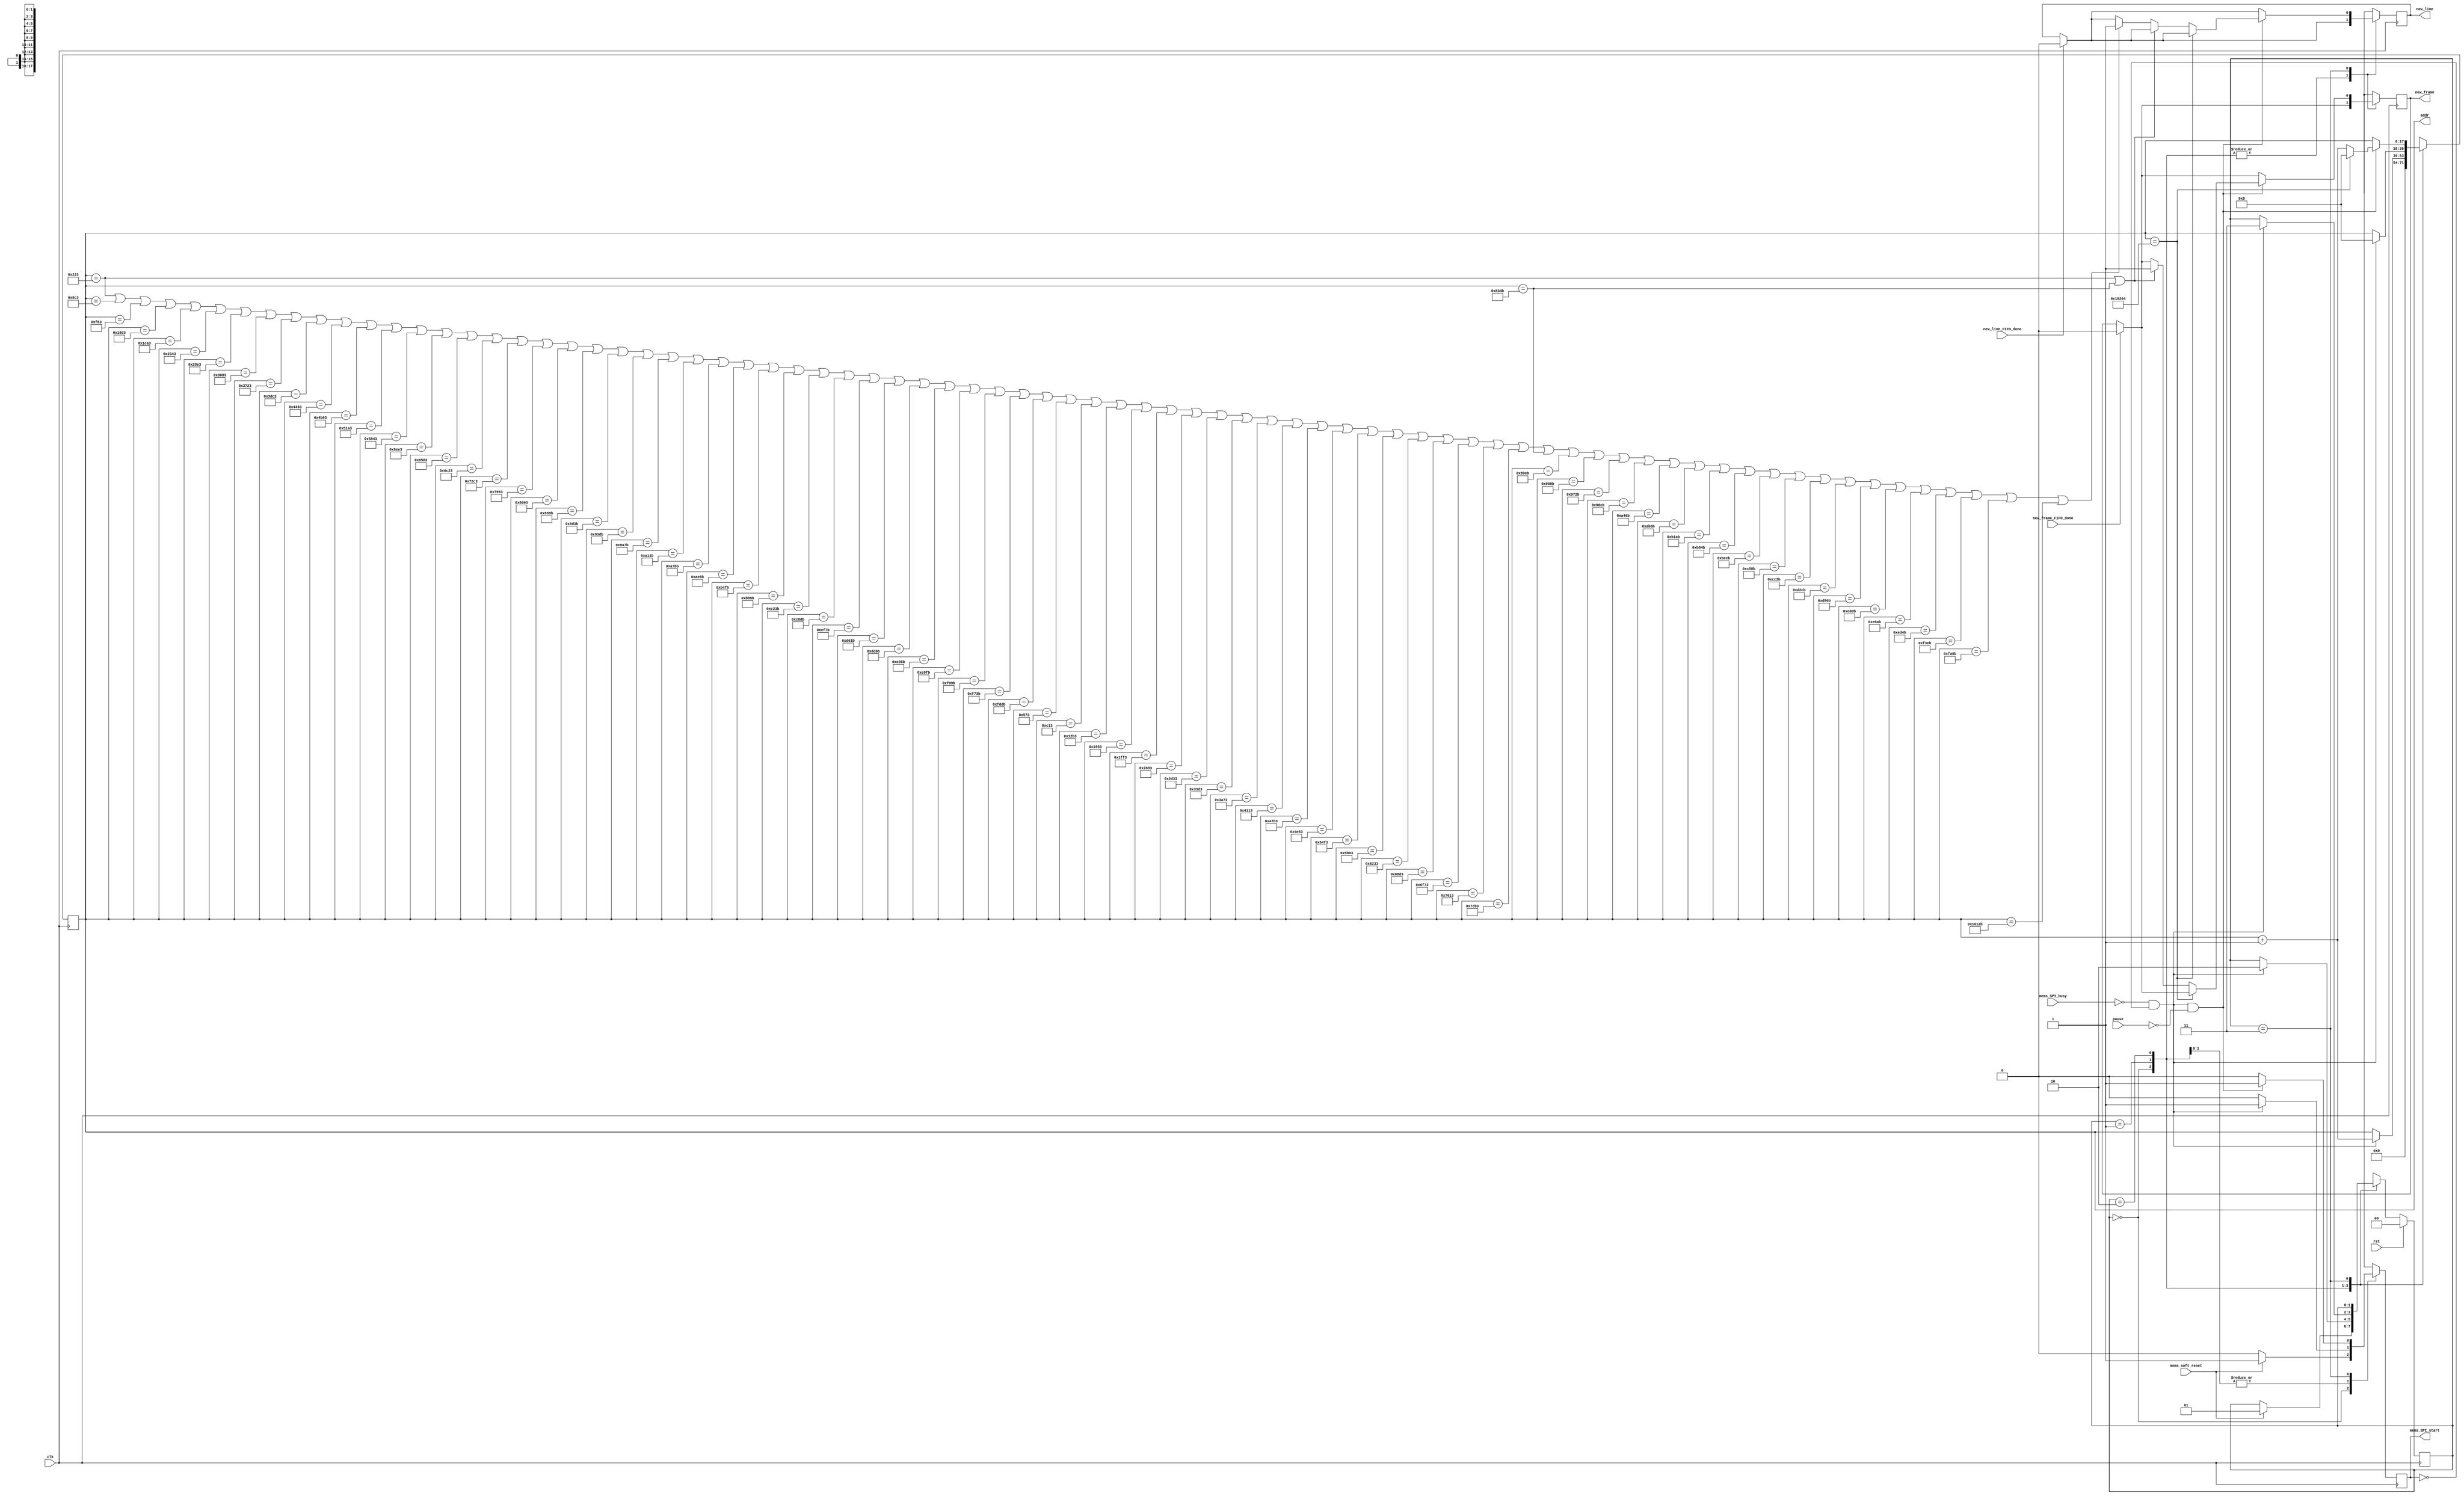
module mems_control_8 (
    // INPUT
    input clk,
    input rst,
    input pause,
    input mems_SPI_busy,
    input mems_soft_reset,
    input new_line_FIFO_done,
    input new_frame_FIFO_done,

    // OUTPUT
    output mems_SPI_start,
    output new_line,
    output new_frame,
    output [17:0] addr
  );
  
  reg new_line_d, new_line_q;//=1'b0;
  reg new_frame_d, new_frame_q;//=1'b0;
  
  assign mems_SPI_start=mems_SPI_start_q;

  assign new_line = new_line_q;
  assign new_frame = new_frame_q;

  assign addr = addr_q;
  
  localparam STATE_SIZE = 2;
  localparam IDLE = 2'd0,
    SOFTWARE_RESET = 2'd1,
    VREF_SETUP = 2'd2,
    SET_CHANNEL = 2'd3;
 
  reg [STATE_SIZE-1:0] state_d, state_q;
  reg [17:0] addr_d, addr_q;
  reg mems_SPI_start_d, mems_SPI_start_q; 
  reg play_d, play_q;
  wire rom_scan_is_done;



  always @(*) begin

    if (new_line_FIFO_done==1'b1) begin
      new_line_d=1'b0; // latch here is not fine (if at the same time 2 modules -> problem)
    end else begin
      new_line_d = new_line_q;
    end

    if (new_frame_FIFO_done==1'b1) begin
      new_frame_d=1'b0; // latch here is not fine
    end else begin
      new_frame_d = new_frame_q;
    end

    state_d = state_q; // default values
    addr_d = addr_q;   // needed to prevent latches
    play_d = play_q;

    case (state_q)
      IDLE: begin
        addr_d = 4'b0;
        mems_SPI_start_d=1'b0;
        if (mems_soft_reset==1'b1) begin
          state_d = SOFTWARE_RESET;
          mems_SPI_start_d=1'b1;
        end
      end // IDLE
      SOFTWARE_RESET: begin
        mems_SPI_start_d=1'b0;
        if (!mems_SPI_busy && mems_SPI_start_q == 1'b0) begin 
          addr_d=addr_q+1'b1;
          state_d = VREF_SETUP;
          mems_SPI_start_d = 1'b1;
        end
      end // SOFTWARE_RESET
      VREF_SETUP: begin // we hav problem with DAC, change its ref voltage from external to internal and vice versa -> have to send command for external one all time.
        mems_SPI_start_d=1'b0;
        if (!mems_SPI_busy && mems_SPI_start_q == 1'b0) begin 
          addr_d = 17'd8;//addr_q + 1'b1; // will be 2 in SET_CHANNEL
          state_d = SET_CHANNEL;
          mems_SPI_start_d = 1'b1;
        end
      end // VREF_SETUP
      SET_CHANNEL: begin
                play_d=1'b0;
                mems_SPI_start_d = 1'b0;

                if ((!mems_SPI_busy && mems_SPI_start_q == 1'b0) && pause==1'b0) begin 
                    mems_SPI_start_d = 1'b1;    

                    // begin from the beginning if end reached.         
                    if (addr_q==18'd66148) begin //75524 fro 59x160 //37444 for 39x120 // 74884 for 39x240
                         addr_d = 17'd8;  
                    end else begin
                    
    if (addr_q == 17'd547 || addr_q==17'd33611) begin


                            new_frame_d = 1'b1;
                    end else 


if (addr_q == 18'd547 || addr_q == 18'd2243 || addr_q == 18'd3939 || addr_q == 18'd5635 || addr_q == 18'd7331 || addr_q == 18'd9027 || addr_q == 18'd10723 || addr_q == 18'd12419 || addr_q == 18'd14115 || addr_q == 18'd15811 || addr_q == 18'd17507 || addr_q == 18'd19203 || addr_q == 18'd20899 || addr_q == 18'd22595 || addr_q == 18'd24291 || addr_q == 18'd25987 || addr_q == 18'd27683 || addr_q == 18'd29379 || addr_q == 18'd31075 || addr_q == 18'd32771 || addr_q == 18'd34459 || addr_q == 18'd36155 || addr_q == 18'd37851 || addr_q == 18'd39547 || addr_q == 18'd41243 || addr_q == 18'd42939 || addr_q == 18'd44635 || addr_q == 18'd46331 || addr_q == 18'd48027 || addr_q == 18'd49723 || addr_q == 18'd51419 || addr_q == 18'd53115 || addr_q == 18'd54811 || addr_q == 18'd56507 || addr_q == 18'd58203 || addr_q == 18'd59899 || addr_q == 18'd61595 || addr_q == 18'd63291 || addr_q == 18'd64987 || addr_q == 18'd1395 || addr_q == 18'd3091 || addr_q == 18'd4787 || addr_q == 18'd6483 || addr_q == 18'd8179 || addr_q == 18'd9875 || addr_q == 18'd11571 || addr_q == 18'd13267 || addr_q == 18'd14963 || addr_q == 18'd16659 || addr_q == 18'd18355 || addr_q == 18'd20051 || addr_q == 18'd21747 || addr_q == 18'd23443 || addr_q == 18'd25139 || addr_q == 18'd26835 || addr_q == 18'd28531 || addr_q == 18'd30227 || addr_q == 18'd31923 || addr_q == 18'd33611 || addr_q == 18'd35307 || addr_q == 18'd37003 || addr_q == 18'd38699 || addr_q == 18'd40395 || addr_q == 18'd42091 || addr_q == 18'd43787 || addr_q == 18'd45483 || addr_q == 18'd47179 || addr_q == 18'd48875 || addr_q == 18'd50571 || addr_q == 18'd52267 || addr_q == 18'd53963 || addr_q == 18'd55659 || addr_q == 18'd57355 || addr_q == 18'd59051 || addr_q == 18'd60747 || addr_q == 18'd62443 || addr_q == 18'd64139 || addr_q==18'd65835) begin

                     new_line_d=1'b1;
                   end 






                      addr_d = addr_q+1'b1;
                end // if end is reached





                end // new data
      end // SET_CHANNEL

      default: state_d = IDLE;
    endcase
  end // always
 



  always @(posedge clk) begin
    if (rst) begin
      state_q <= IDLE;
    end else begin
      state_q <= state_d;
    end
    new_line_q <= new_line_d; 
    new_frame_q <= new_frame_d; 
    mems_SPI_start_q <= mems_SPI_start_d;
    addr_q <= addr_d;
    play_q <= play_d;
  end
 
endmodule